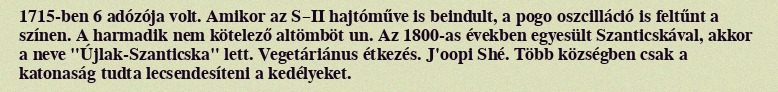
1715-ben 6 adózója volt. Amikor az S–II hajtóműve is beindult, a pogo oszcilláció is feltűnt a színen. A harmadik nem kötelező altömböt un. Az 1800-as években egyesült Szanticskával, akkor a neve "Újlak-Szanticska" lett. Vegetáriánus étkezés. J'oopi Shé. Több községben csak a katonaság tudta lecsendesíteni a kedélyeket.